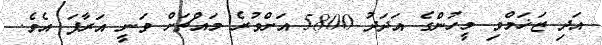
އަދި ޒަޚަމްވި މީހުންގެ އަދަދު 5800 އަށްވުރެ މައްޗަށް ވަނީ އަރާފަ އެވެ.